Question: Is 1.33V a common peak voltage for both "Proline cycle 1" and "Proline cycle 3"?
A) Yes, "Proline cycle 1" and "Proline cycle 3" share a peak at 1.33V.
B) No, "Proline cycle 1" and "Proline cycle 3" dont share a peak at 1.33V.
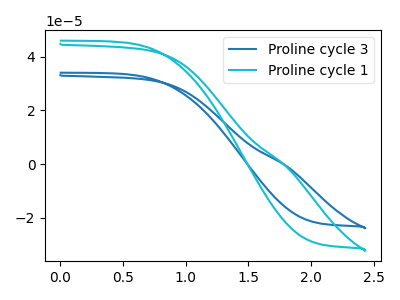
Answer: <think>The blue curve "Proline cycle 3" has no peaks. The cyan curve "Proline cycle 1" has no peaks.</think>
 <answer>B) No, "Proline cycle 1" and "Proline cycle 3" dont share a peak at 1.33V.</answer>
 <eval>B</eval>